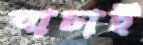
যাচাই